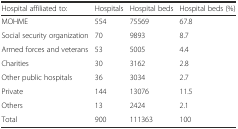
<table><thead><tr><td><b>Hospital affiliated to:</b></td><td><b>Hospitals</b></td><td><b>Hospital beds</b></td><td><b>Hospital beds (%)</b></td></tr></thead><tbody><tr><td>MOHME</td><td>554</td><td>75569</td><td>67.8</td></tr><tr><td>Social security organization</td><td>70</td><td>9893</td><td>8.7</td></tr><tr><td>Armed forces and veterans</td><td>53</td><td>5005</td><td>4.4</td></tr><tr><td>Charities</td><td>30</td><td>3162</td><td>2.8</td></tr><tr><td>Other public hospitals</td><td>36</td><td>3034</td><td>2.7</td></tr><tr><td>Private</td><td>144</td><td>13076</td><td>11.5</td></tr><tr><td>Others</td><td>13</td><td>2424</td><td>2.1</td></tr><tr><td>Total</td><td>900</td><td>111363</td><td>100</td></tr></tbody></table>